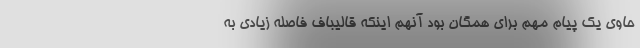
حاوی یک پیام مهم برای همگان بود آنهم اینکه قالیباف فاصله زیادی به